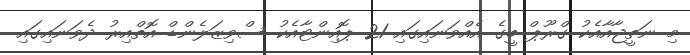
މި ނަތީޖާއާއެކު ގްރޫޕް ބީގެ އެއްވަނައިގައި 21 ޕޮއިންޓާއެކު ސްވިޒަލެންޑް އޮތްއިރު ދެވަނައިގައި